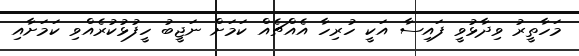
މަހާތީރު ވިދާޅުވީ ފައިސާ އަކީ ހުރިހާ އެއްޗެއް ކަމަށް ނަޖީބު ހީފުޅުކުރެއްވި ކަމަށާއި